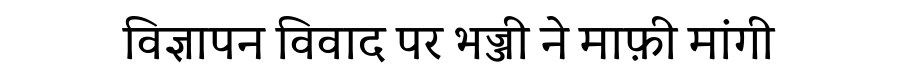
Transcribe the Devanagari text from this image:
विज्ञापन विवाद पर भज्जी ने माफ़ी मांगी